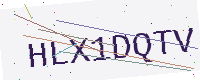
Text: HLX1DQTV